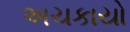
અચકાયો